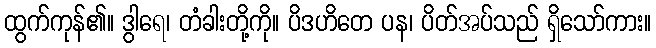
ထွက်ကုန်၏။ ဒွါရေ၊ တံခါးတို့ကို။ ပိဒဟိတေ ပန၊ ပိတ်အပ်သည် ရှိသော်ကား။